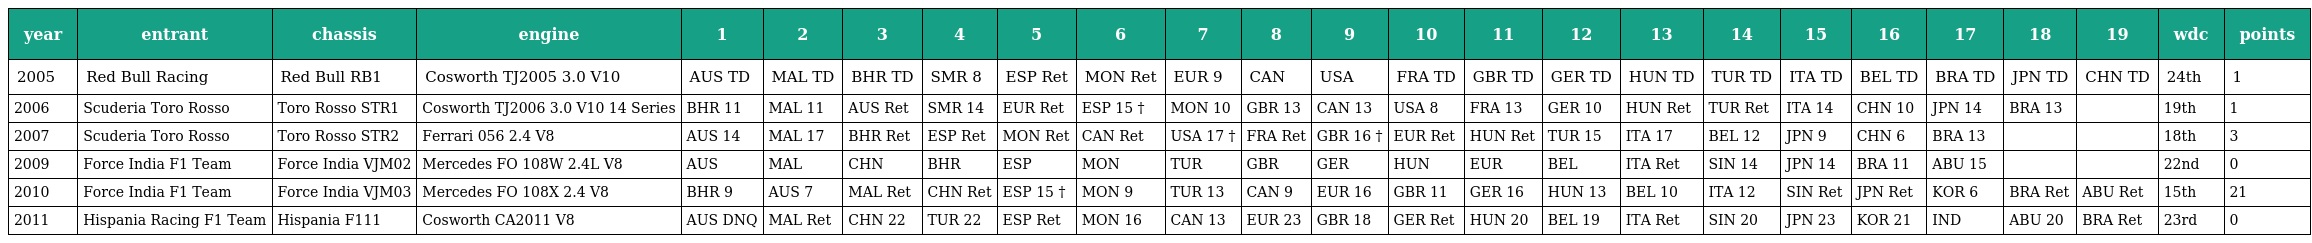
| year | entrant | chassis | engine | 1 | 2 | 3 | 4 | 5 | 6 | 7 | 8 | 9 | 10 | 11 | 12 | 13 | 14 | 15 | 16 | 17 | 18 | 19 | wdc | points |
 | --- | --- | --- | --- | --- | --- | --- | --- | --- | --- | --- | --- | --- | --- | --- | --- | --- | --- | --- | --- | --- | --- | --- | --- | --- |
 | 2005 | Red Bull Racing | Red Bull RB1 | Cosworth TJ2005 3.0 V10 | AUS TD | MAL TD | BHR TD | SMR 8 | ESP Ret | MON Ret | EUR 9 | CAN | USA | FRA TD | GBR TD | GER TD | HUN TD | TUR TD | ITA TD | BEL TD | BRA TD | JPN TD | CHN TD | 24th | 1 |
 | 2006 | Scuderia Toro Rosso | Toro Rosso STR1 | Cosworth TJ2006 3.0 V10 14 Series | BHR 11 | MAL 11 | AUS Ret | SMR 14 | EUR Ret | ESP 15 † | MON 10 | GBR 13 | CAN 13 | USA 8 | FRA 13 | GER 10 | HUN Ret | TUR Ret | ITA 14 | CHN 10 | JPN 14 | BRA 13 |  | 19th | 1 |
 | 2007 | Scuderia Toro Rosso | Toro Rosso STR2 | Ferrari 056 2.4 V8 | AUS 14 | MAL 17 | BHR Ret | ESP Ret | MON Ret | CAN Ret | USA 17 † | FRA Ret | GBR 16 † | EUR Ret | HUN Ret | TUR 15 | ITA 17 | BEL 12 | JPN 9 | CHN 6 | BRA 13 |  |  | 18th | 3 |
 | 2009 | Force India F1 Team | Force India VJM02 | Mercedes FO 108W 2.4L V8 | AUS | MAL | CHN | BHR | ESP | MON | TUR | GBR | GER | HUN | EUR | BEL | ITA Ret | SIN 14 | JPN 14 | BRA 11 | ABU 15 |  |  | 22nd | 0 |
 | 2010 | Force India F1 Team | Force India VJM03 | Mercedes FO 108X 2.4 V8 | BHR 9 | AUS 7 | MAL Ret | CHN Ret | ESP 15 † | MON 9 | TUR 13 | CAN 9 | EUR 16 | GBR 11 | GER 16 | HUN 13 | BEL 10 | ITA 12 | SIN Ret | JPN Ret | KOR 6 | BRA Ret | ABU Ret | 15th | 21 |
 | 2011 | Hispania Racing F1 Team | Hispania F111 | Cosworth CA2011 V8 | AUS DNQ | MAL Ret | CHN 22 | TUR 22 | ESP Ret | MON 16 | CAN 13 | EUR 23 | GBR 18 | GER Ret | HUN 20 | BEL 19 | ITA Ret | SIN 20 | JPN 23 | KOR 21 | IND | ABU 20 | BRA Ret | 23rd | 0 |